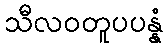
သီလဝတူပပန္နံ